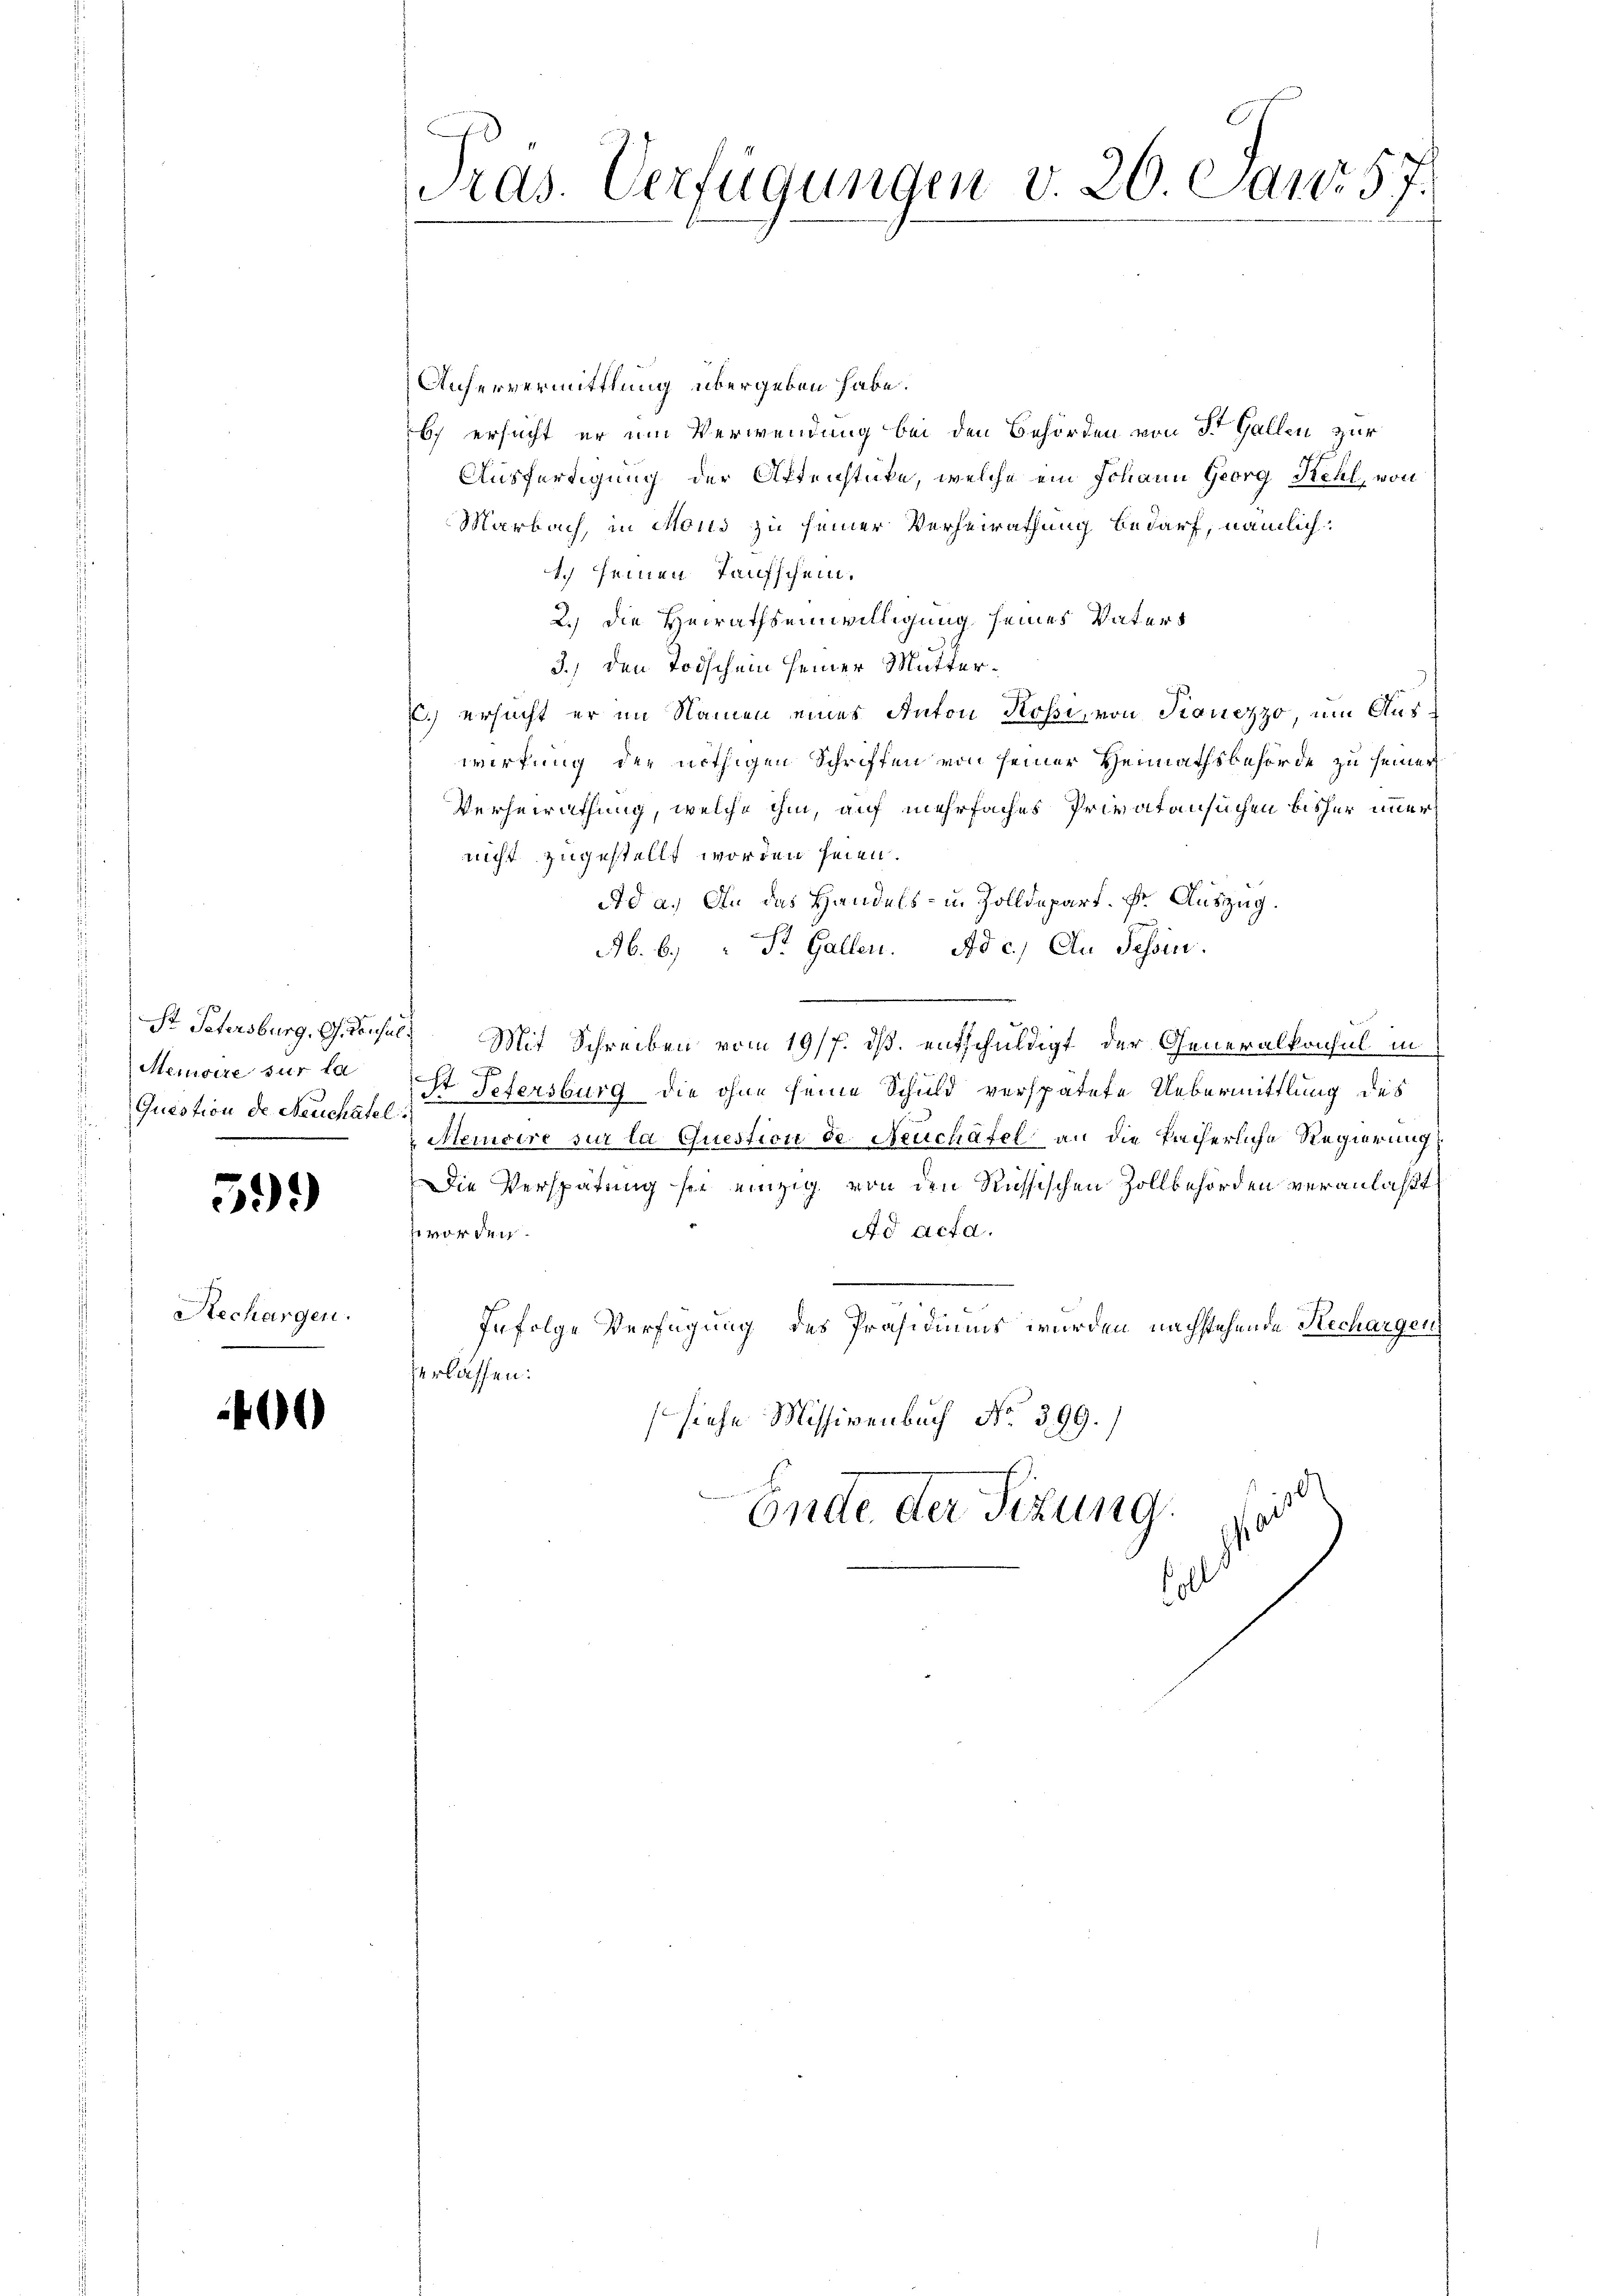
Question de Neuchatel
.

59.)

Rechargen.

0

Tras. Verfügungen v. 20. Canr 57.

Anfervermittlung übergeben habe.
bch ersucht er um Verwendung bei den Behörden von St. Gallen zur
Ausfertigung der Aktenstücke, welche ein Johann Georg Kehl, von
Marbach, in Mous zu seiner Verheirathung bedarf, nämlich:
1. seinen Taufschein.
2.) Die Heirathseinwilligung seines Vaters
3.) Den Todschein seiner Mutter¬
C.) ersucht er im Namen eines Anton Kossi, von Kauzzzo, um Auswirkung der nöthigen Schriften von seiner Heimathsbehörde zu seiner
Verheirathung, welche ihm, auf mehrfaches Privatansuchen bisher immer
nicht zugestellt worden seien.
Ad a.) An das Handels- u. Zolldepart. Dr. Auszug.
Ab. b.) " Pr. Gallen. Ad c.) An Tessin.
St Petersburg, G. Rossel, Mit Schreiben vom 19/7. ds. entschuldigt der Generalkonsul in
Memoire sur ta ist Petersburg die ohne seine Schuld verspätete Uebermittlung des
Memoire sur la Question de Neuchâtel an die Pacherliche Regierung
Die Verspätung sei einzig von den Russischen Zollbehörden veranlaßt
Ad acta.
uvorden.

Infolge Verfügung des Präsidiums wurden nachstehende Rechargen
verlassen:
siehe Missivenbach No 399.
Ende der Sitzung.
0
olt